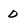
Character: D